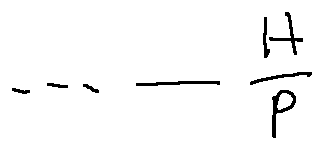
\cdots - \frac { H } { p }